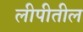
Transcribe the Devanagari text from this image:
लीपीतील